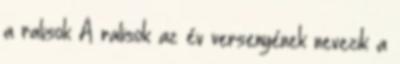
a ralisok A ralisok az év versenyének nevezik a